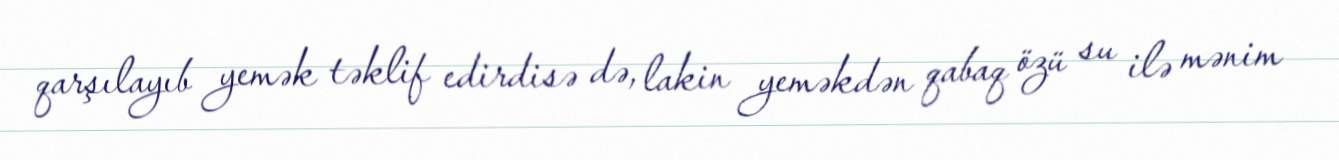
qarşılayıb yemək təklif edirdisə də, lakin yeməkdən qabaq özü su ilə mənim